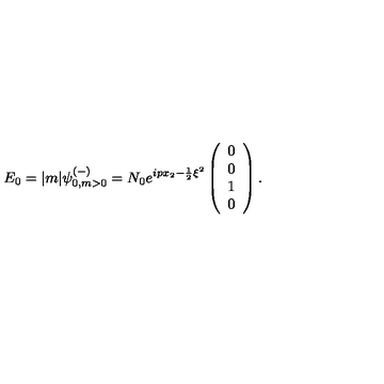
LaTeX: E _ { 0 } = | m | { \psi } _ { 0 , m > 0 } ^ { ( - ) } = N _ { 0 } e ^ { i p x _ { 2 } - \frac { 1 } { 2 } \xi ^ { 2 } } \left( \begin{array} { c } { 0 } \\ { 0 } \\ { 1 } \\ { 0 } \\ \end{array} \right) .